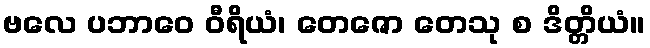
ဗလေ ပဘာဝေ ဝီရိယံ၊ တေဇော တေသု စ ဒိတ္တိယံ။